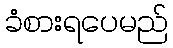
ခံစားရပေမည်